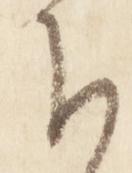
下